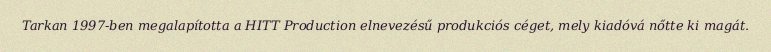
Tarkan 1997-ben megalapította a HITT Production elnevezésű produkciós céget, mely kiadóvá nőtte ki magát.